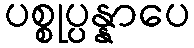
ပစ္စုပ္ပန္နာပေ